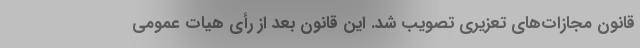
قانون مجازات‌های تعزیری تصویب شد. این قانون بعد از رأی هیات عمومی